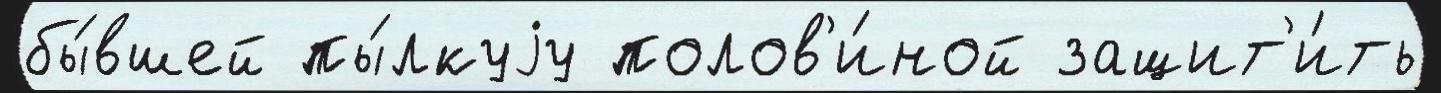
бы́вшей пы́лкуjу полов'и́ной защит'и́ть